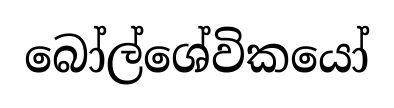
බෝල්ශේවිකයෝ